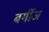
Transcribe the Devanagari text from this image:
बर्गीज